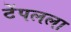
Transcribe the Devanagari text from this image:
टेंपलला